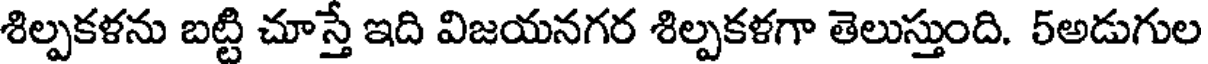
శిల్పకళను బట్టి చూస్తే ఇది విజయనగర శిల్పకళగా తెలుస్తుంది. 5అడుగుల